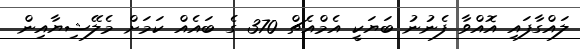
ލައްގާފައި އޮއްވާ ފެނުނު ބަޔަކީ އެމްއެޗް 370 ގެ ބައެއް ކަމަށް މެލޭޝިޔާއިން